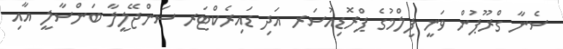
ސެނާ ގްރޫޕުން ވަނީ ފިލްމުގެ ޕްރޮޑިއުސަރ އަދި ޑައިރެކްޓަރ ސަންޖޭލީލާ ބަންސާލީ އާއި